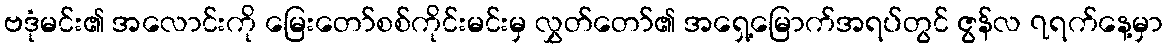
ဗဒုံမင်း၏ အလောင်းကို မြေးတော်စစ်ကိုင်းမင်းမှ လွှတ်တော်၏ အရှေ့မြောက်အရပ်တွင် ဇွန်လ ၇ရက်နေ့မှာ